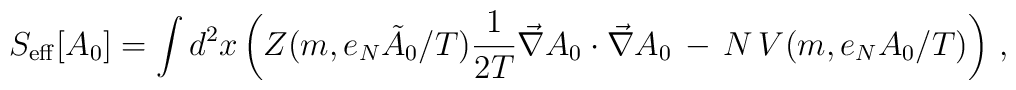
S_{\rm    eff}[A_0]=\int d^2  x \left(     Z(m,e_N {\tilde A}_0/{{T}})\frac{1}{2T}\vec\nabla  A_0\cdot\vec\nabla   A_0 \,-\,   N\,   V(m,e_NA_0/{T}) \right)\,,